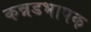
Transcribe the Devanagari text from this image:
कन्नडभाषक